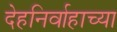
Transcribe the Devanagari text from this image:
देहनिर्वाहाच्या